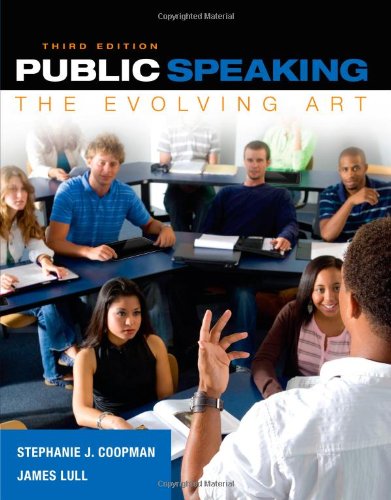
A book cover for Public Speaking: The Evolving Art (with MindTap(TM) Speech Printed Access Card); Stephanie J. Coopman; Humor & Entertainment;